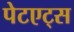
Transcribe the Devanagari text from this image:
पेटएट्स